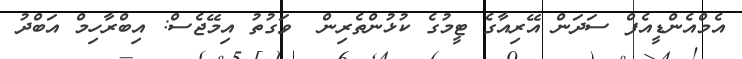
އެމްއެންޑީއެފް ސަދަން އޭރިއާގެ ޓީމުގެ ކުޅުންތެރިން  ވަގުތު އިމޭޖެސް: އިބްރާހިމް އަބްދު